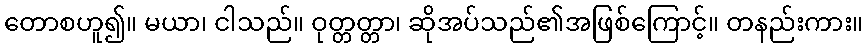
တောစဟူ၍။ မယာ၊ ငါသည်။ ဝုတ္တတ္တာ၊ ဆိုအပ်သည်၏အဖြစ်ကြောင့်။ တနည်းကား။